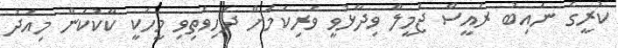
ކުރީގެ ނައިބު ރައީސް ޖަމީލް ވިދާޅުވީ ވެރިކަމަށް ދަހިވެތިވި މީހަކީ ކާކުކަން މިއަދު